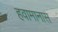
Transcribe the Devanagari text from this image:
हवामानास